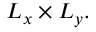
L _ { x } \times L _ { y } .